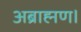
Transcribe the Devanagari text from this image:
अब्राह्मण।